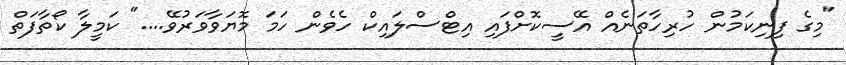
"މިގެ ފިނިކަމުން ހުރިހާތަނެއް އޭސީކޮށްފައި އިޓްސްލައިކް ހެވެން ހަމަ މޮޔަވާވަރުވޭ...." ކަމީލާ ކޯތާފަތް